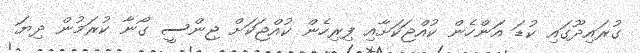
ގުރައިދޫގައި ކުޑަ އަންހެން ކުއްޖަކަށާއި ފިރިހެން ކުއްޖަކަށް ޖިންސީ ގޯނާ ކުރަމުން ދިޔަ